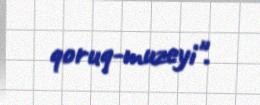
qoruq-muzeyi".